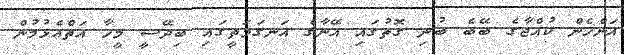
އަންހެން ކުއްޖާގެ ބޭބެ ބުނި ގޮތުގައި އޭނާގެ އަނގަމަތީގައި ބިދޭސީ މީހާ އަތްއެޅުމުން